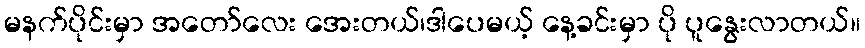
မနက်ပိုင်းမှာ အတော်လေး အေးတယ်၊ဒါပေမယ့် နေ့ခင်းမှာ ပို ပူနွေးလာတယ်။